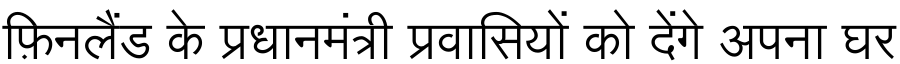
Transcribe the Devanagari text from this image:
फ़िनलैंड के प्रधानमंत्री प्रवासियों को देंगे अपना घर